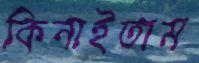
কিনাইতাম